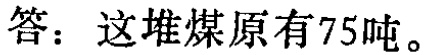
答：这堆煤原有75吨。